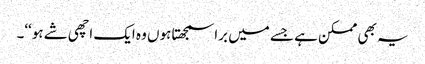
یہ بھی ممکن ہے جسے میں برا سمجھتا ہوں وہ ایک اچھی شے ہو‘‘۔